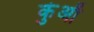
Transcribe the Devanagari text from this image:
कुंआँ